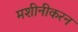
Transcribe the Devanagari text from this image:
मशीनीकरन